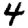
Digit: 4